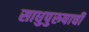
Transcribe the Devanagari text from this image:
साधुपुरुषाची